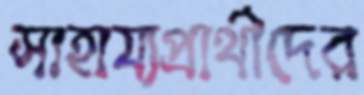
সাহায্যপ্রার্থীদের